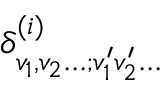
\delta _ { v _ { 1 } , v _ { 2 } \ldots ; v _ { 1 } ^ { \prime } v _ { 2 } ^ { \prime } \ldots } ^ { ( i ) }